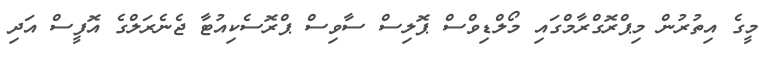
މީގެ އިތުރުން މިޕްރޮގްރާމްގައި މޯލްޑިވްސް ޕޮލިސް ސާވިސް ޕްރޮސެކިއުޓާ ޖެނެރަލްގެ އޮފީސް އަދި